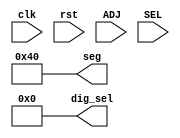
module impl_top(
    clk,
    rst,
    ADJ,
    SEL,
    seg,
    dig_sel
);
    input wire clk, rst, ADJ, SEL;
    output wire [7:0] seg;
    output wire [3:0] dig_sel;

    assign seg = 8'b01000000;
    assign dig_sel = 4'b0000;

endmodule